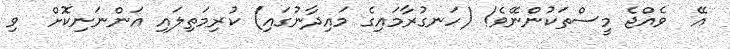
އޭ  ވެއްޖެ މީސްތަކުންނޭވެ! (ހަނގުރާމައިގެ މައިދާނުގައި) ކުރިމަތިލައި އަންނަނިކޮށް  ވި